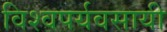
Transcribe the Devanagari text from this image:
विश्वपर्यवसायी